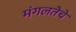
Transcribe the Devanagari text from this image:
मंगलतेचे